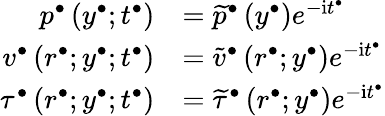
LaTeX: \begin{array}{rl}{p^{\bullet}\left(y^{\bullet};t^{\bullet}\right)}&{=\widetilde{p}^{\bullet}\left(y^{\bullet}\right)e^{-\mathrm{i}t^{\bullet}}}\\ {v^{\bullet}\left(r^{\bullet};y^{\bullet};t^{\bullet}\right)}&{=\widetilde{v}^{\bullet}\left(r^{\bullet};y^{\bullet}\right)e^{-\mathrm{i}t^{\bullet}}}\\ {\tau^{\bullet}\left(r^{\bullet};y^{\bullet};t^{\bullet}\right)}&{=\widetilde{\tau}^{\bullet}\left(r^{\bullet};y^{\bullet}\right)e^{-\mathrm{i}t^{\bullet}}}\end{array}